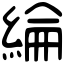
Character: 綸